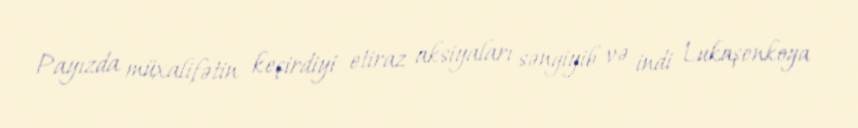
Payızda müxalifətin keçirdiyi etiraz aksiyaları səngiyib və indi Lukaşenkoya